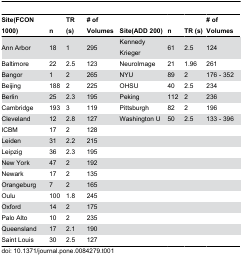
<table><thead><tr><td><b>Site(FCON 1000)</b></td><td><b>n</b></td><td><b>TR (s)</b></td><td><b># of Volumes</b></td><td><b>Site(ADD 200)</b></td><td><b>n</b></td><td><b>TR (s)</b></td><td><b># of Volumes</b></td></tr></thead><tbody><tr><td>Ann Arbor</td><td>18</td><td>1</td><td>295</td><td>Kennedy Krieger</td><td>61</td><td>2.5</td><td>124</td></tr><tr><td>Baltimore</td><td>22</td><td>2.5</td><td>123</td><td>NeuroImage</td><td>21</td><td>1.96</td><td>261</td></tr><tr><td>Bangor</td><td>1</td><td>2</td><td>265</td><td>NYU</td><td>89</td><td>2</td><td>176 - 352</td></tr><tr><td>Beijing</td><td>188</td><td>2</td><td>225</td><td>OHSU</td><td>40</td><td>2.5</td><td>234</td></tr><tr><td>Berlin</td><td>25</td><td>2.3</td><td>195</td><td>Peking</td><td>112</td><td>2</td><td>236</td></tr><tr><td>Cambridge</td><td>193</td><td>3</td><td>119</td><td>Pittsburgh</td><td>82</td><td>2</td><td>196</td></tr><tr><td>Cleveland</td><td>12</td><td>2.8</td><td>127</td><td>Washington U</td><td>50</td><td>2.5</td><td>133 - 396</td></tr><tr><td>ICBM</td><td>17</td><td>2</td><td>128</td><td></td><td></td><td></td><td></td></tr><tr><td>Leiden</td><td>31</td><td>2.2</td><td>215</td><td></td><td></td><td></td><td></td></tr><tr><td>Leipzig</td><td>36</td><td>2.3</td><td>195</td><td></td><td></td><td></td><td></td></tr><tr><td>New York</td><td>47</td><td>2</td><td>192</td><td></td><td></td><td></td><td></td></tr><tr><td>Newark</td><td>17</td><td>2</td><td>135</td><td></td><td></td><td></td><td></td></tr><tr><td>Orangeburg</td><td>7</td><td>2</td><td>165</td><td></td><td></td><td></td><td></td></tr><tr><td>Oulu</td><td>100</td><td>1.8</td><td>245</td><td></td><td></td><td></td><td></td></tr><tr><td>Oxford</td><td>14</td><td>2</td><td>175</td><td></td><td></td><td></td><td></td></tr><tr><td>Palo Alto</td><td>10</td><td>2</td><td>235</td><td></td><td></td><td></td><td></td></tr><tr><td>Queensland</td><td>17</td><td>2.1</td><td>190</td><td></td><td></td><td></td><td></td></tr><tr><td>Saint Louis</td><td>30</td><td>2.5</td><td>127</td><td></td><td></td><td></td><td></td></tr></tbody></table>